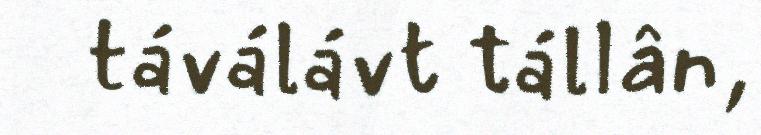
táválávt tállân,